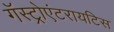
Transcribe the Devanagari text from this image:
गॅस्ट्रोएंटरायटिस